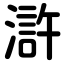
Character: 滸